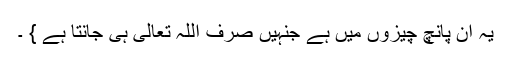
یہ ان پانچ چیزوں میں ہے جنہیں صرف اللہ تعالیٰ ہی جانتا ہے } ۔